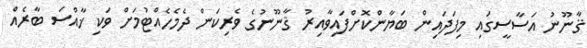
ޤާނޫނު އަސާސީގައި މިފަދައިން ބަޔާންކޮށްފައިވާއިރު ޤާނޫނުގެ ވެރިކަން ދެމެހެއްޓުމަށް ވަކި ޚާއްސަ ބާރެއް